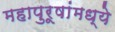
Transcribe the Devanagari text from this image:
महापुरूषांमध्ये